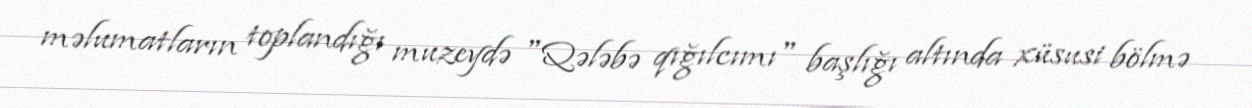
məlumatların toplandığı muzeydə "Qələbə qığılcımı" başlığı altında xüsusi bölmə